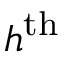
h ^ { \mathrm { t h } }